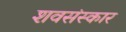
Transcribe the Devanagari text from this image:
शवसंस्कार